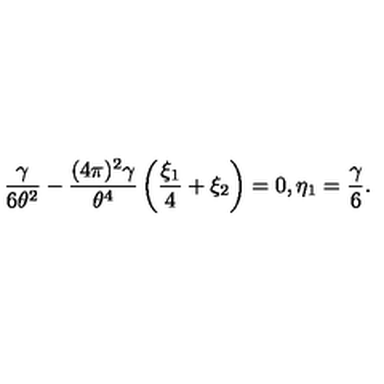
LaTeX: \frac { \gamma } { 6 \theta ^ { 2 } } - \frac { ( 4 \pi ) ^ { 2 } \gamma } { \theta ^ { 4 } } \left( \frac { \xi _ { 1 } } { 4 } + \xi _ { 2 } \right) = 0 , \eta _ { 1 } = \frac { \gamma } { 6 } .